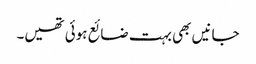
جانیں بھی بہت ضائع ہوئی تھیں۔